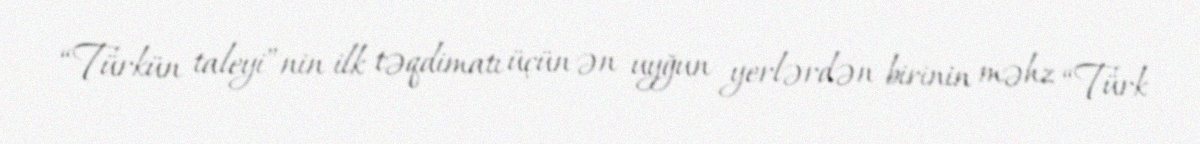
“Türkün taleyi”nin ilk təqdimatı üçün ən uyğun yerlərdən birinin məhz “Türk